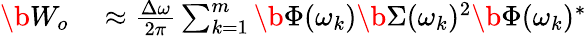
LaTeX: \begin{array}{rl}{\b{W_{o}}}&{{}\approx\frac{\Delta\omega}{2\pi}\sum_{k=1}^{m}\b{\Phi}(\omega_{k})\b{\Sigma}(\omega_{k})^{2}\b{\Phi}(\omega_{k})^{*}}\end{array}